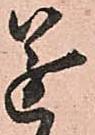
遂